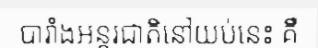
បារាំងអន្តរជាតិនៅយប់នេះ គឺ